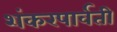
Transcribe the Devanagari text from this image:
शंकरपार्वती